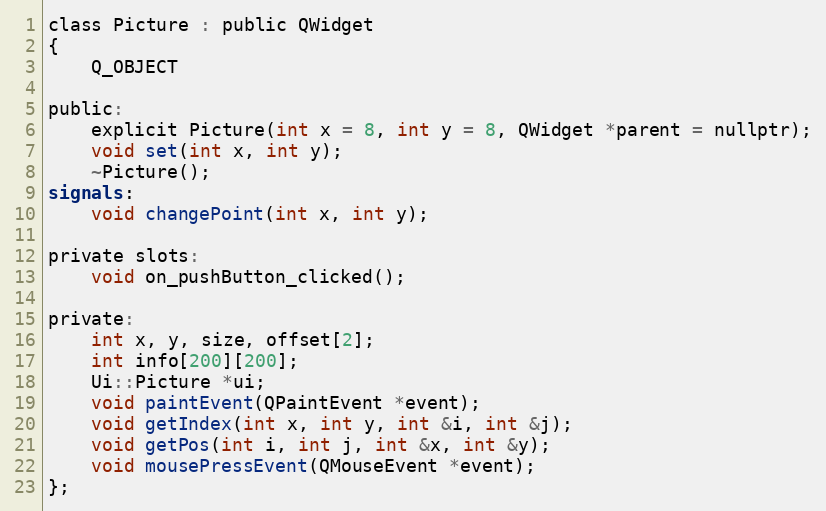
Language: C
class Picture : public QWidget
{
    Q_OBJECT

public:
    explicit Picture(int x = 8, int y = 8, QWidget *parent = nullptr);
    void set(int x, int y);
    ~Picture();
signals:
    void changePoint(int x, int y);

private slots:
    void on_pushButton_clicked();

private:
    int x, y, size, offset[2];
    int info[200][200];
    Ui::Picture *ui;
    void paintEvent(QPaintEvent *event);
    void getIndex(int x, int y, int &i, int &j);
    void getPos(int i, int j, int &x, int &y);
    void mousePressEvent(QMouseEvent *event);
};